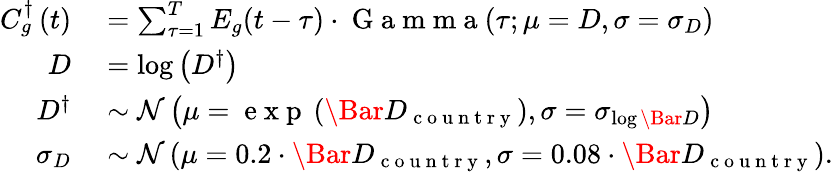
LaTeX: \begin{array}{rl}{C_{g}^{\dagger}\left(t\right)}&{{}=\sum_{\tau=1}^{T}E_{g}(t-\tau)\cdot\mathrm{~G~a~m~m~a~}(\tau;\mu=D,\sigma=\sigma_{D})}\\ {D}&{{}=\log\left(D^{\dagger}\right)}\\ {D^{\dagger}}&{{}\sim\mathcal{N}\left(\mu=\mathrm{~e~x~p~}\left(\Bar{D}_{\mathrm{~c~o~u~n~t~r~y~}}\right),\sigma=\sigma_{\log\Bar{D}}\right)}\\ {\sigma_{D}}&{{}\sim\mathcal{N}\left(\mu=0.2\cdot\Bar{D}_{\mathrm{~c~o~u~n~t~r~y~}},\sigma=0.08\cdot\Bar{D}_{\mathrm{~c~o~u~n~t~r~y~}}\right).}\end{array}